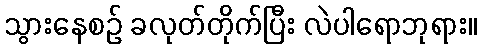
သွားနေစဉ် ခလုတ်တိုက်ပြီး လဲပါရောဘုရား။